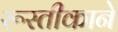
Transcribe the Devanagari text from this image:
रूस्तीकाने